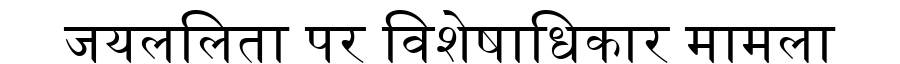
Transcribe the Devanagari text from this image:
जयललिता पर विशेषाधिकार मामला